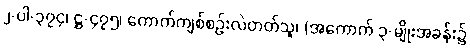
၂-ပါ-၃၇၄၊ ဋ္ဌ-၄၇၅၊ ကောက်ကျစ်စဉ်းလဲတတ်သူ၊ (အကောက် ၃-မျိုးအခန်း၌